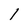
Character: 1